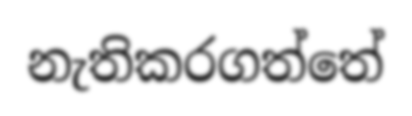
නැතිකරගත්තේ